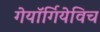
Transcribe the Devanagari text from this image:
गेयॉर्गियेविच